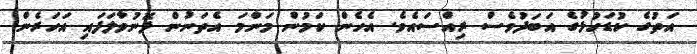
އަތުގެ ކުޑަހުޅުގެ އަބަދުވެސް ރިއްސައެވެ. އެހެން ކަމުން މަންމަ އެތަނުން ފޮނުވާލަފައި އަހަރެން